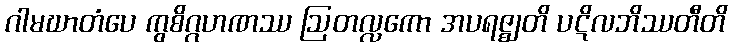
ဂါမဃာတံပေ ကွစိဂ္ဂဟဏဿ ဩတလ္လကော အပရဇ္ဈတိ ပဋိလဘိဿတီတိ